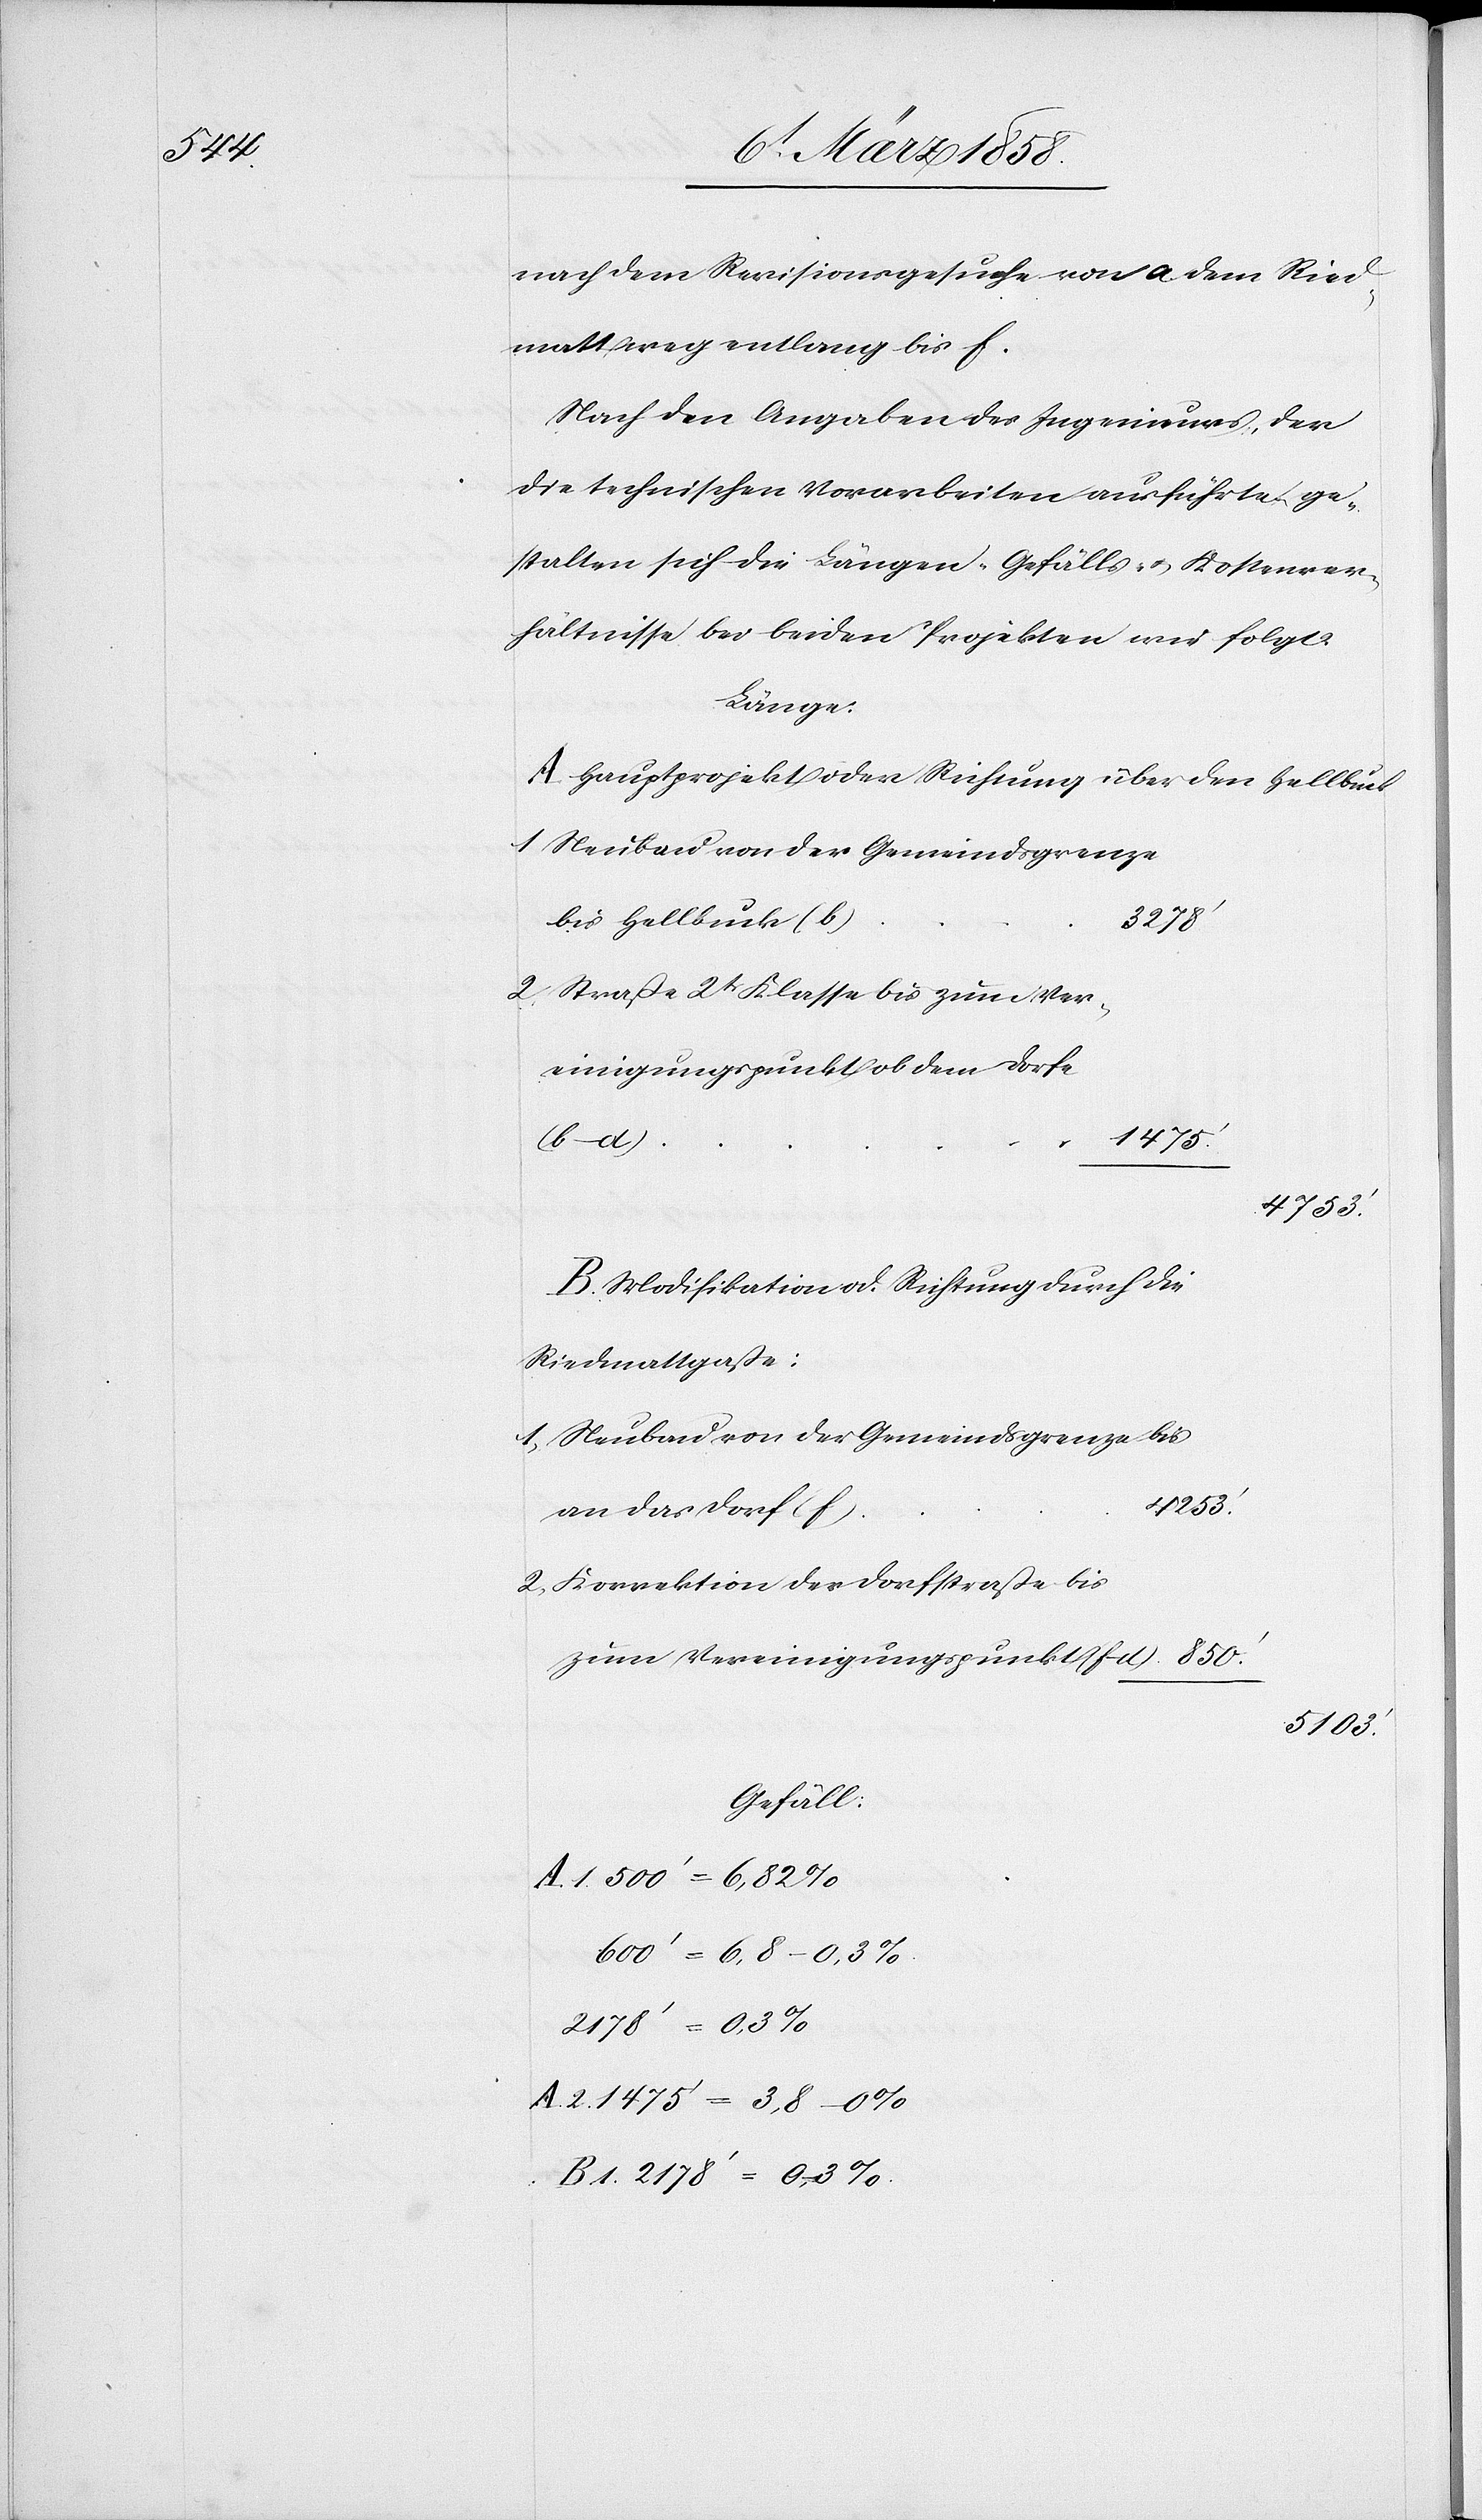
B 1.

nach dem Revisionsgesuche von a dem Ried¬
mattweg entlang bis f.
Nach den Angaben der Ingenieur, der
die technischen Vorarbeiten ausführte, ge¬
stalten sich die Längen-[,] Gefälls- u. Kostenver¬
hältnisse bei beiden Projekten wie folgt:
Länge:
A. Hauptprojekt oder Richtung über den Hellbuck:
1. Neubau von der Gemeindsgrenze
bis Hellbuck (b)
2278’
2. Straße 2tr Klasse bis zum Ver¬
einigungspunkt ob dem Dorfe
1475’
B. Modifikation od. Richtugn durch die
Riedmattgaße:
1. Neubau von der Gemeindsgrenze bis
1475’
an das Dorf (f)
2. Korrektion der Dorfstraße bis
zum Vereinigungspunkt (f–d)
5103’
Gefäll:
600’ = 6,8–0,3%
2778’ = 0,3%